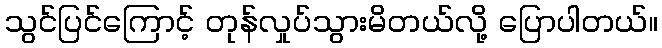
သွင်ပြင်ကြောင့် တုန်လှုပ်သွားမိတယ်လို့ ပြောပါတယ်။